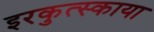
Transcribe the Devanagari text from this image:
इरकुत्स्काया